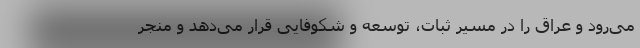
می‌رود و عراق را در مسیر ثبات، توسعه و شکوفایی قرار می‌دهد و منجر